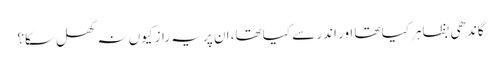
گاندھی بظاہر کیا تھا اور اندر سے کیا تھا، ان پر یہ راز کیوں نہ کھل سکا؟